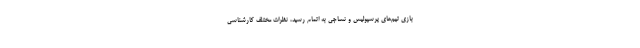
بازی تیم‌های پرسپولیس و نساجی به اتمام رسید، نظرات مختلف کارشناسی